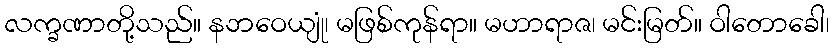
လက္ခဏာတို့သည်။ နဘဝေယျုံ၊ မဖြစ်ကုန်ရာ။ မဟာရာဇ၊ မင်းမြတ်။ ဝါတောခေါ၊